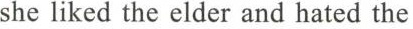
she liked the elder and hated the